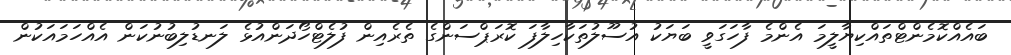
ބައެއްކޮމެންޓްތައްކިޔާލީމަ އެންމެ ފާހަގަވީ ބަޔަކު އުސޫލުތަކާހިލާފަ ކޮރަޕްސަންގެ ތެރެއިން ފުލެޓްހޯދަންއުޅެ ލަނޑުލިބުނުކަން އެއްހަމައަކުން